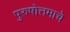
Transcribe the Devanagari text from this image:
पुरुषोत्तमाचे